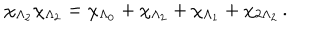
\chi _ { \Lambda _ { 2 } } \chi _ { \Lambda _ { 2 } } = \chi _ { \Lambda _ { 0 } } + \chi _ { \Lambda _ { 2 } } + \chi _ { \Lambda _ { 1 } } + \chi _ { 2 \Lambda _ { 2 } } \, .